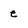
Character: e